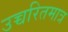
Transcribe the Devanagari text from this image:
उच्चरितमात्र